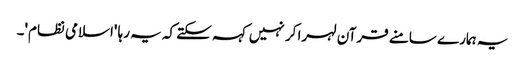
یہ ہمارے سامنے قرآن لہرا کر نہیں کہہ سکتے کہ یہ رہا 'اسلامی نظام'۔